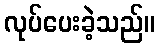
လုပ်ပေးခဲ့သည်။